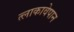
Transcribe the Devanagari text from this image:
त्लाकावेपान